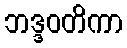
ဘဒ္ဒဝတိကာ